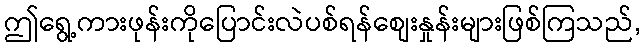
ဤရွေ့ကားဖုန်းကိုပြောင်းလဲပစ်ရန်စျေးနှုန်းများဖြစ်ကြသည်,